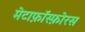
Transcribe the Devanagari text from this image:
मेटाफ़ॉस्फ़ोरस